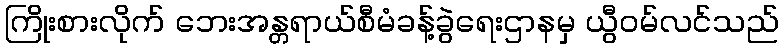
ကြိုးစားလိုက် ဘေးအန္တရာယ်စီမံခန့်ခွဲရေးဌာနမှ ယွီဝမ်လင်သည်